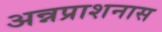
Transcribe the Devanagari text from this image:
अन्नप्राशनास